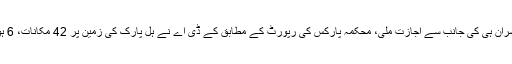
تفصیلات کے مطابق قبضہ مافیا کو کے ڈٰی اے کے افسران ہی کی جانب سے اجازت ملی، محکمہ پارکس کی رپورٹ کے مطابق کے ڈی اے نے ہل پارک کی زمین پر 42 مکانات، 6 ہوٹل، دو مساجد، تھیٹر اور سوئمنگ پول کی الاٹمنٹ کی۔